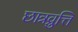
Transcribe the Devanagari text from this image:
छात्रव्रुत्ति